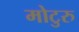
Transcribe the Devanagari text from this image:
मोटुरु